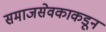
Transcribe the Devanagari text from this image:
समाजसेवकाकडून